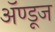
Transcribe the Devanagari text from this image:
ॲण्डूज